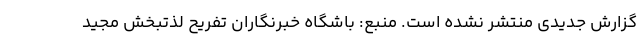
گزارش جدیدی منتشر نشده است. منبع: باشگاه خبرنگاران تفریح لذتبخش مجید